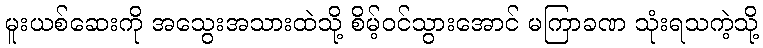
မူးယစ်ဆေးကို အသွေးအသားထဲသို့ စိမ့်ဝင်သွားအောင် မကြာခဏ သုံးရသကဲ့သို့